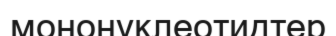
мононуклеотидтер